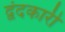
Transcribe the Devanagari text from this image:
द्वंदकारी